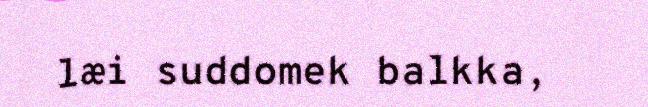
læi suddomek balkka,